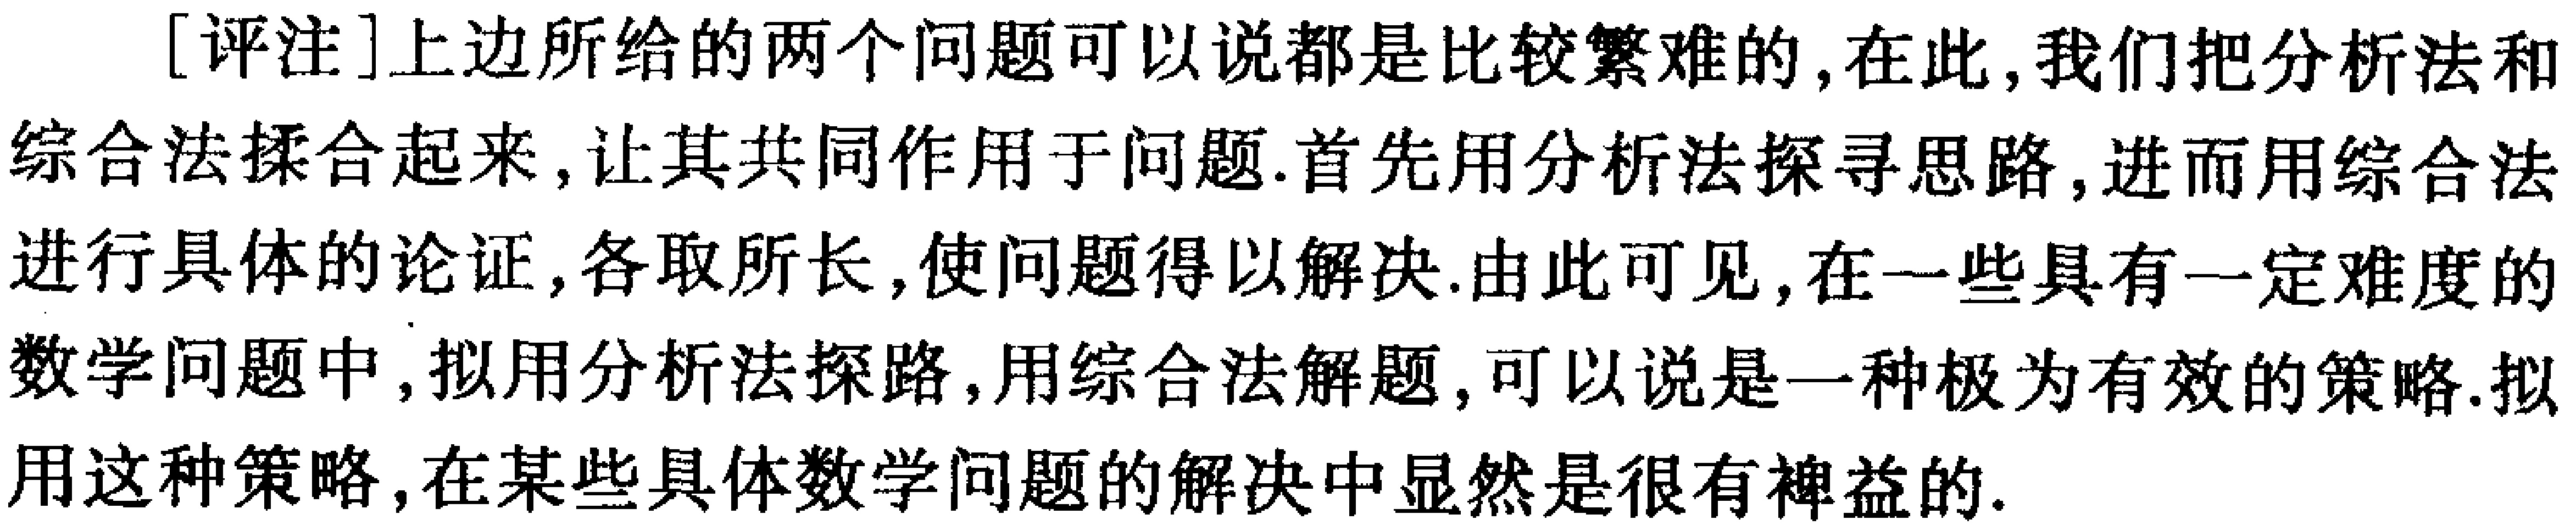
[评注]上边所给的两个问题可以说都是比较繁难的, 在此, 我们把分析法和综合法揉合起来, 让其共同作用于问题. 首先用分析法探寻思路, 进而用综合法进行具体的论证, 各取所长, 使问题得以解决. 由此可见, 在一些具有一定难度的数学问题中, 拟用分析法探路, 用综合法解题, 可以说是一种极为有效的策略. 拟用这种策略, 在某些具体数学问题的解决中显然是很有裨益的.